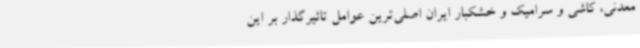
معدنی، کاشی و سرامیک و خشکبار ایران اصلی‌ترین عوامل تاثیرگذار بر این